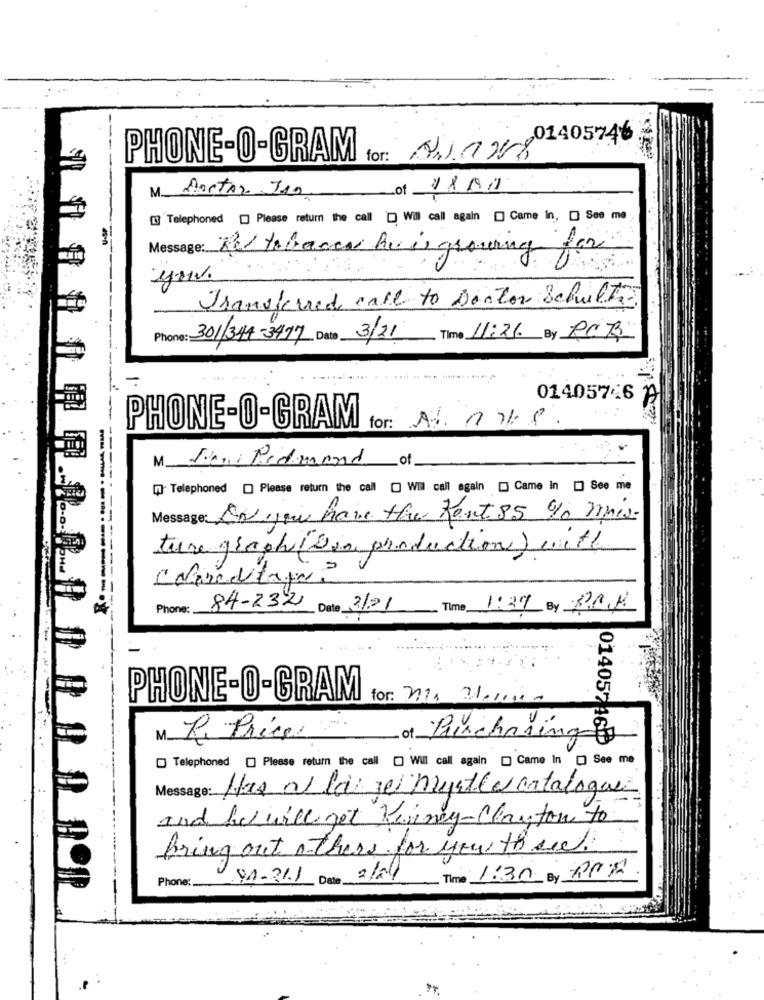
or: hla2801405746
PHONE-O-GRAM
M. Dortor Isa
of
[ Telephoned [] Please return the call ) Wil call again [] Came In, [ See me
Message: Red tobacco he is growing for
you.
Transferred care to Doctor Schultz.
301/344-3477 Dato 3/21
Time 11:26 By PCR
01405746
PHONE-O-GRAM for: Ans
Ji Redmond of
A Telephoned ) Please return the call [ Wil call again [ Came in [ See me
Message: Av you have the Rent 85 % mais-
ture graph (Dia production) with
===
Phone:
84-232 Date 2/2/
Time 1:37 By PRIM
PHONE-O-GRAM
for: nia wan00
MR. Price
of Purchasingt
014057 46
Telephoned [] Please return the call [ Wil call again [ Came In [] See me
Message : Has a la rel Mustle catalogue
and he will get Kiriny-clayton to
Bring out o there for you to see
Date 2/04/
1:30 By POR
Phone:
91.211
Time